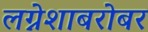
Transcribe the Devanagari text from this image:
लग्नेशाबरोबर